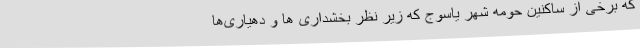
که برخی از ساکنین حومه شهر یاسوج که زیر نظر بخشداری ها و دهیاری‌ها